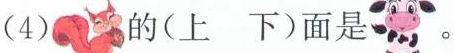
(4) 的(上 下)面是 。